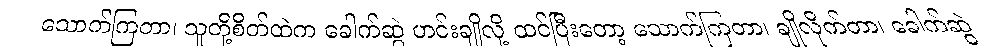
သောက်ကြတာ၊ သူတို့စိတ်ထဲက ခေါက်ဆွဲ ဟင်းချိုလို့ ထင်ပြီးတော့ သောက်ကြတာ၊ ချိုလိုက်တာ၊ ခေါက်ဆွဲ